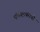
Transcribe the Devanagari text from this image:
यॉर्कशायराची